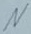
Text: N